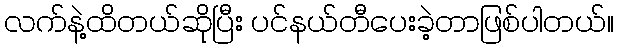
လက်နဲ့ထိတယ်ဆိုပြီး ပင်နယ်တီပေးခဲ့တာဖြစ်ပါတယ်။